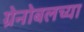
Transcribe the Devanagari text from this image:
ग्रेनोबलच्या